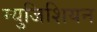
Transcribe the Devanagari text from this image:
म्युजिशियन